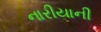
નારીયાની